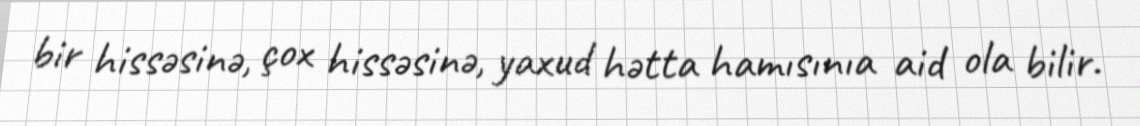
bir hissəsinə, çox hissəsinə, yaxud hətta hamısınıa aid ola bilir.